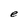
Character: e